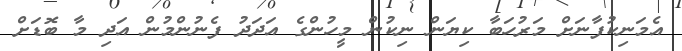
އެމަނިކުފާނަށް މަރުހަބާ ކިޔަން ނިކުން މީހުންގެ އަދަދު ފެނުންމުން އަދި މާ ބޮޑަށް